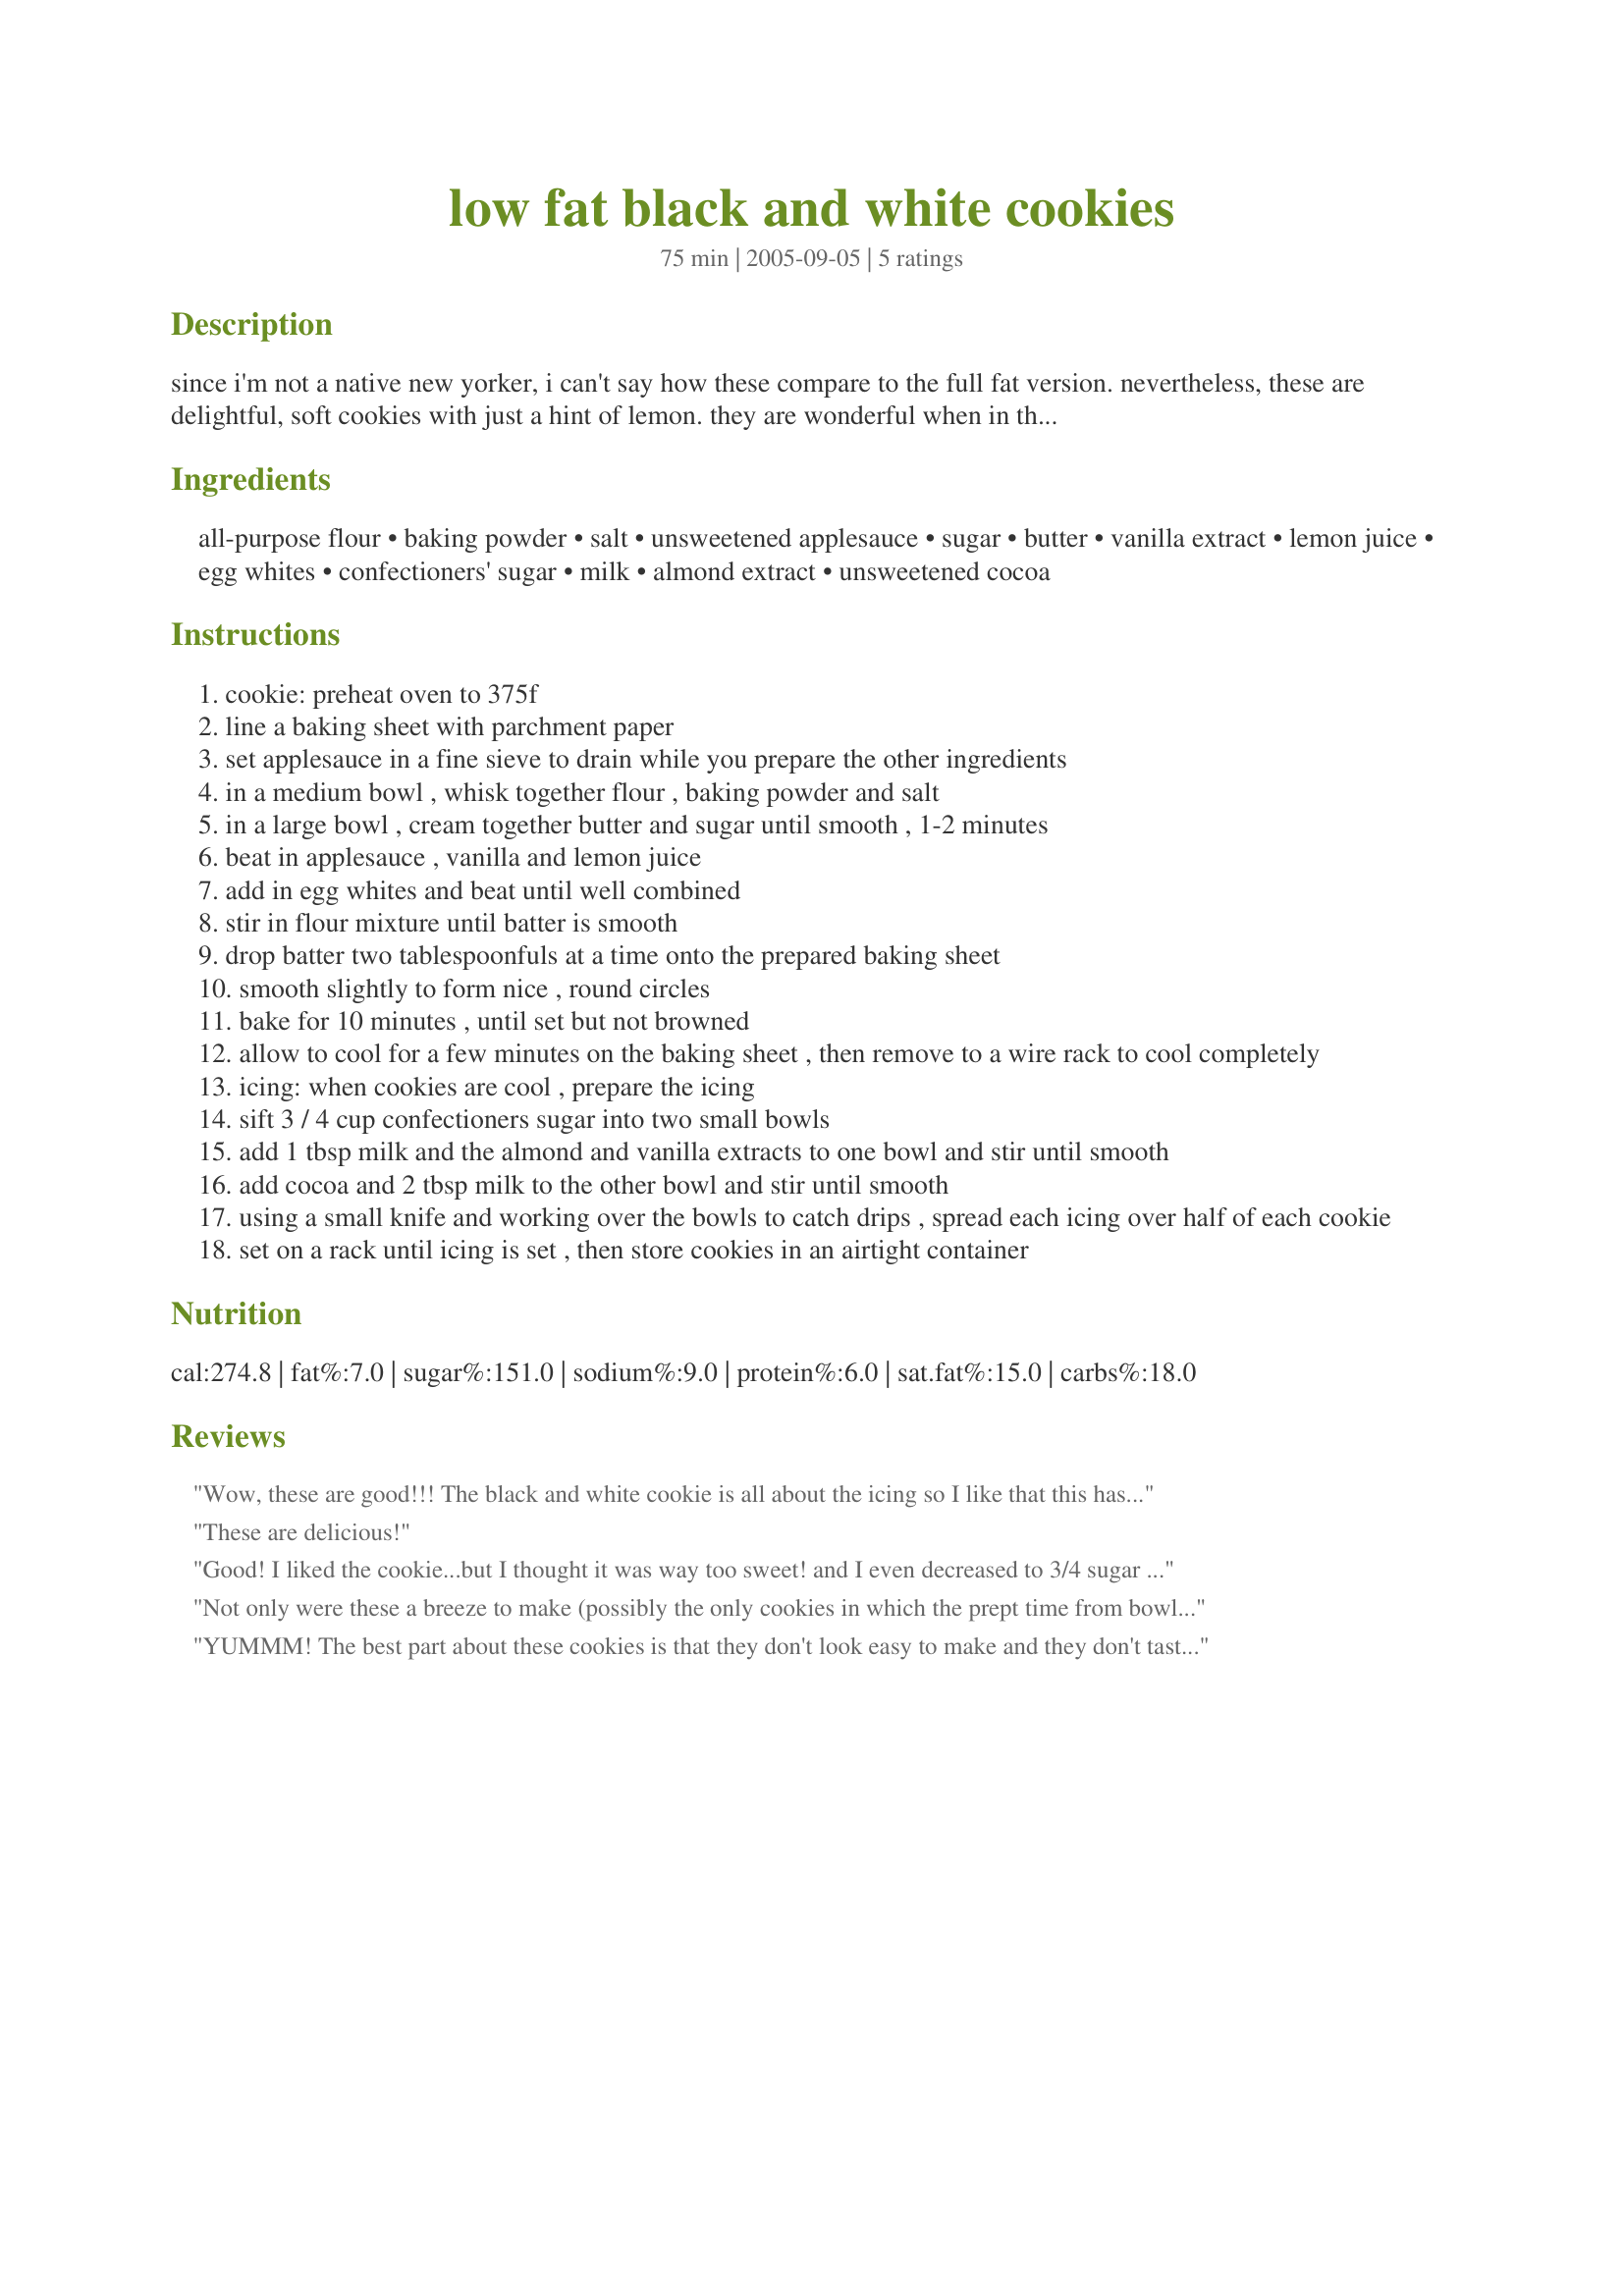
low fat black and white cookies
Preparation time: 75 minutes

since i'm not a native new yorker, i can't say how these compare to the full fat version. nevertheless, these are delightful, soft cookies with just a hint of lemon. they are wonderful when in the mood for something a little different. recipe taken from cooking light.

Ingredients:
all-purpose flour, baking powder, salt, unsweetened applesauce, sugar, butter, vanilla extract, lemon juice, egg whites, confectioners' sugar, milk, almond extract, unsweetened cocoa

Steps:
cookie: preheat oven to 375f
line a baking sheet with parchment paper
set applesauce in a fine sieve to drain while you prepare the other ingredients
in a medium bowl , whisk together flour , baking powder and salt
in a large bowl , cream together butter and sugar until smooth , 1-2 minutes
beat in applesauce , vanilla and lemon juice
add in egg whites and beat until well combined
stir in flour mixture until batter is smooth
drop batter two tablespoonfuls at a time onto the prepared baking sheet
smooth slightly to form nice , round circles
bake for 10 minutes , until set but not browned
allow to cool for a few minutes on the baking sheet , then remove to a wire rack to cool completely
icing: when cookies are cool , prepare the icing
sift 3 / 4 cup confectioners sugar into two small bowls
add 1 tbsp milk and the almond and vanilla extracts to one bowl and stir until smooth
add cocoa and 2 tbsp milk to the other bowl and stir until smooth
using a small knife and working over the bowls to catch drips , spread each icing over half of each cookie
set on a rack until icing is set , then store cookies in an airtight container

Reviews:
Wow, these are good!!! The black and white cookie is all about the icing so I like that this has a bit of the fat shaved off the cookie!! With the icing, you don't even know that the cookie is lower fat. These bake up soft and chewy and big!! Watch these cookies, they could burn if you don't take them out at just the right time,,,a couple in my second batch burned and they were on a cool baking sheet so especially watch your second batch!! I used cream in my vanilla icing and I am glad I did because I used the milk in the chocolate icing and it was hard to control when icing the cookies. Since I had the thicker vanilla icing, it sort of acted as a dam to the chocolate icing. Next time, even though it isn't as low fat, I will use cream in both of my icings because it thickens them up nicely for icing! I really love this recipe, the cookies are great and I like that it is for a small batch of cookies,,,I got 15 cookies out of this batter doing the double TBSP drops but the icing is just for 10 cookies as the recipe says that it serves. Thanks for posting this great recipe!!!!
These are delicious!
Good! I liked the cookie...but I thought it was way too sweet! and I even decreased to 3/4 sugar for the cookie. With some tweeks, it will be perfect!
Not only were these a breeze to make (possibly the only cookies in which the prept time from bowl to oven WAS actually 10 minutes), they looked beautiful!! I left them overnight to cool down before icing them. Next time I might add a bit more lemon in the batter and reduce the amount of glaze I use. Note: Use melted bittersweet chocolate for a more intense flavour!!!
YUMMM! The best part about these cookies is that they don't look easy to make and they don't taste healthy (but they are!). I halved the recipe but followed it to the T (used skim milk). Only little changes I'd make for next time: (1) add a little less salt in the cookie and (2) try cake flour instead of AP to get a lighter cookie (don't get me wrong, these were really light! I would just like to try cake flour). Mine had to bake 2 minutes longer but came out PERFECT. The icing set just fine - even though the chocolate SEEMED too liquidy, it hardened perfectly. I will definitely make these again!
